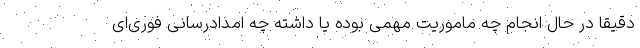
دقیقا در حال انجام چه ماموریت مهمی بوده یا داشته چه امدادرسانی فوری‌ای